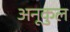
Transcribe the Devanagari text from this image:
अनूकुल